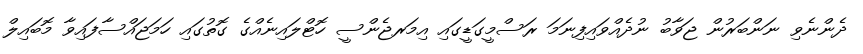
ދެންނެވި ނަންބަރުން ޖަވާބު ނުދެއްވައިފިނަމަ ރަސްމީގަޑީގައި އިމަރޖެންސީ ހޮޓްލައިނެއްގެ ގޮތުގައި ހަމަޖައްސާފައިވާ މޮބައިލް